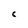
Character: C